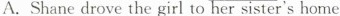
A.Shane drove the girl to her sister's home